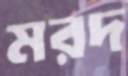
মরদ